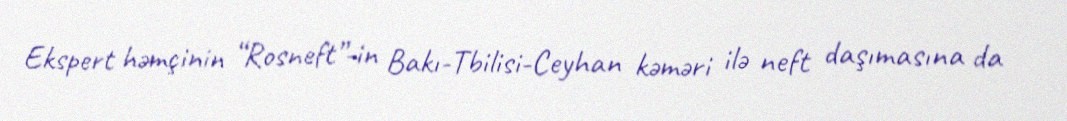
Ekspert həmçinin “Rosneft”-in Bakı-Tbilisi-Ceyhan kəməri ilə neft daşımasına da